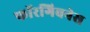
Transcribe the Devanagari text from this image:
फॉरगिवनेस